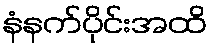
နံနက်ပိုင်းအထိ